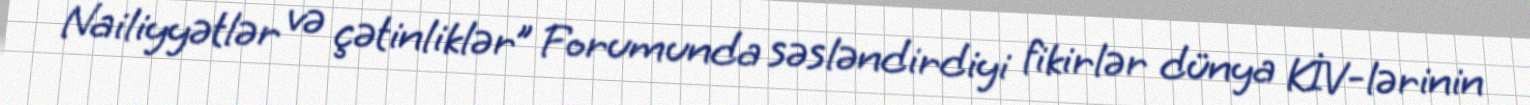
Nailiyyətlər və çətinliklər” Forumunda səsləndirdiyi fikirlər dünya KİV-lərinin